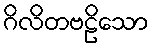
ဂိလိတဗဠိသော